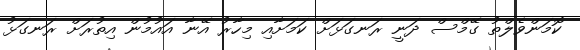
ކޮމަންވެލްތު ގޭމްސް ދަނީ ރަނގަޅަށް ކަމަށާއި މިހާރު އޭނާ އައުމުން އިތުރަށް ރަނގަޅު